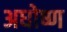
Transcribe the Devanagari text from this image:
अधोष्ण